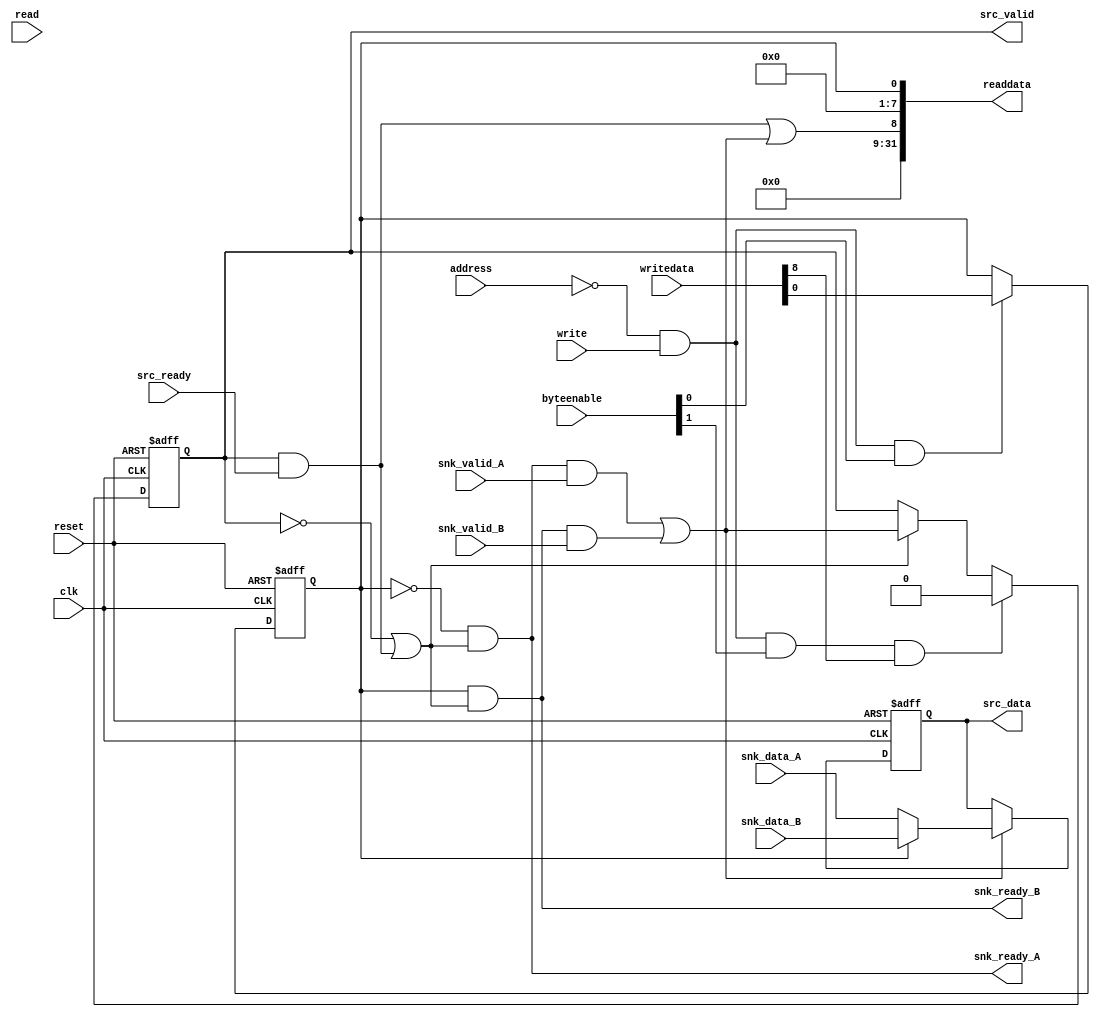
/*
  Legal Notice: (C)2010 Altera Corporation. All rights reserved.  Your
  use of Altera Corporation's design tools, logic functions and other
  software and tools, and its AMPP partner logic functions, and any
  output files any of the foregoing (including device programming or
  simulation files), and any associated documentation or information are
  expressly subject to the terms and conditions of the Altera Program
  License Subscription Agreement or other applicable license agreement,
  including, without limitation, that your use is for the sole purpose
  of programming logic devices manufactured by Altera and sold by Altera
  or its authorized distributors.  Please refer to the applicable
  agreement for further details.
*/


/*

2:1 streaming mux core

Author:  JCJB
Date:    03/25/2010

Description:	The component is controlled by a host or master through the CSR slave port to control which streaming data input will be routed
                to the streaming data output.

Register map:

             Access Type                                      Bits
                               31..24               23..16                15..8                7..0
Address 0         w              N/A                  N/A             clear pipeline       input select
Address 4         r              N/A                  N/A              pending data       selected input

Each control and status value is a single bit aligned to the lowest bit of the byte lane (bits 0 or 8).
Input select == 0 --> input A is selected otherwise input B is selected.

*/


// synthesis translate_off
`timescale 1ns / 1ps
// synthesis translate_on

// turn off superfluous verilog processor warnings 
// altera message_level Level1 
// altera message_off 10230


module mtm_two_to_one_st_mux (
  clk,
  reset,

  address,
  readdata,
  read,
  writedata,
  write,
  byteenable,

  snk_data_A,
  snk_ready_A,
  snk_valid_A,

  snk_data_B,
  snk_ready_B,
  snk_valid_B,

  src_data,
  src_ready,
  src_valid
);


  parameter DATA_WIDTH = 32;


  input clk;
  input reset;

  input address;  // only two addresses (control and status)
  output wire [31:0] readdata;
  input read;
  input [31:0] writedata;
  input write;
  input [3:0] byteenable;

  input [DATA_WIDTH-1:0] snk_data_A;
  output wire snk_ready_A;
  input snk_valid_A;

  input [DATA_WIDTH-1:0] snk_data_B;
  output wire snk_ready_B;
  input snk_valid_B;

  output wire [DATA_WIDTH-1:0] src_data;
  input src_ready;
  output wire src_valid;


  // registers and signals for the slave port
  wire enable_input_select;
  reg input_select;
  wire clear_pipeline;
  wire pending_data;

  // internal pipelining registers and signals
  reg [DATA_WIDTH-1:0] data_out;
  reg valid_out;
  wire pipeline_ready;
  wire pipeline_enable;





  always @ (posedge clk or posedge reset)
  begin
    if (reset == 1)
    begin
      input_select <= 0;
    end
    else if (enable_input_select == 1)
    begin
      input_select <= writedata[0];
    end
  end


  always @ (posedge clk or posedge reset)
  begin
    if (reset == 1)
    begin
      data_out <= 0;
    end
    else if (pipeline_enable == 1) 
    begin
      data_out <= (input_select == 0)? snk_data_A : snk_data_B;
    end
  end


  always @ (posedge clk or posedge reset)
  begin
    if (reset == 1)
    begin
      valid_out <= 0;
    end
    else
    begin
      if (clear_pipeline == 1)
      begin
        valid_out <= 0;
      end
      else if (pipeline_ready == 1)
      begin
        valid_out <= pipeline_enable;
      end
    end
  end


  assign enable_input_select = (address == 0) & (write == 1) & (byteenable[0] == 1);
  assign clear_pipeline = (address == 0) & (write == 1) & (byteenable[1] == 1) & (writedata[8] == 1);  // want this to be a single cycle strobe to clear the pipeline valid register
  assign pending_data = ((valid_out == 1) & (src_ready == 1)) | (pipeline_enable == 1);
  assign readdata = {{23{1'b0}}, pending_data, {7{1'b0}}, input_select};

  assign src_valid = valid_out;
  assign src_data = data_out;

  assign pipeline_ready = (valid_out == 0) | ((src_ready == 1) & (valid_out == 1));
  assign pipeline_enable = ((input_select == 0) & (pipeline_ready == 1) & (snk_valid_A == 1)) |
                           ((input_select == 1) & (pipeline_ready == 1) & (snk_valid_B == 1));
  assign snk_ready_A = (input_select == 0) & (pipeline_ready == 1);
  assign snk_ready_B = (input_select == 1) & (pipeline_ready == 1);

endmodule